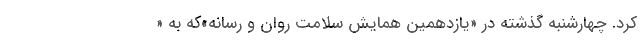
كرد. چهارشنبه گذشته در «یازدهمین همایش سلامت روان و رسانه»که به «